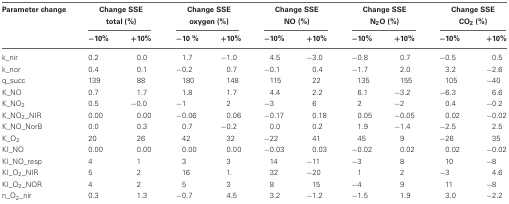
<table><thead><tr><td><b>Parameter change</b></td><td colspan="2"><b>Change SSE total (%)</b></td><td colspan="2"><b>Change SSE oxygen (%)</b></td><td colspan="2"><b>Change SSE NO (%)</b></td><td colspan="2"><b>Change SSE N<sub>2</sub>O (%)</b></td><td colspan="2"><b>Change SSE CO<sub>2</sub> (%)</b></td></tr><tr><td>[EMPTY_CELL]</td><td><b>−10%</b></td><td><b>+10%</b></td><td><b>−10 %</b></td><td><b>+10%</b></td><td><b>−10%</b></td><td><b>+10%</b></td><td><b>−10%</b></td><td><b>+10%</b></td><td><b>−10%</b></td><td><b>+10%</b></td></tr></thead><tbody><tr><td>k_nir</td><td>0.2</td><td>0.0</td><td>1.7</td><td>−1.0</td><td>4.5</td><td>−3.0</td><td>−0.8</td><td>0.7</td><td>−0.5</td><td>0.5</td></tr><tr><td>k_nor</td><td>0.4</td><td>0.1</td><td>−0.2</td><td>0.7</td><td>−0.1</td><td>0.4</td><td>−1.7</td><td>2.0</td><td>3.2</td><td>−2.6</td></tr><tr><td>q_succ</td><td>139</td><td>88</td><td>180</td><td>148</td><td>115</td><td>22</td><td>135</td><td>155</td><td>105</td><td>−40</td></tr><tr><td>K_NO</td><td>0.7</td><td>1.7</td><td>1.8</td><td>1.7</td><td>4.4</td><td>2.2</td><td>6.1</td><td>−3.2</td><td>−6.3</td><td>6.6</td></tr><tr><td>K_NO<sub>2</sub></td><td>0.5</td><td>−0.0</td><td>−1</td><td>2</td><td>−3</td><td>6</td><td>2</td><td>−2</td><td>0.4</td><td>−0.2</td></tr><tr><td>K_NO<sub>2</sub>_NIR</td><td>0.00</td><td>0.00</td><td>−0.06</td><td>0.06</td><td>−0.17</td><td>0.18</td><td>0.05</td><td>−0.05</td><td>0.02</td><td>−0.02</td></tr><tr><td>K_NO_NorB</td><td>0.0</td><td>0.3</td><td>0.7</td><td>−0.2</td><td>0.0</td><td>0.2</td><td>1.9</td><td>−1.4</td><td>−2.5</td><td>2.5</td></tr><tr><td>K_O<sub>2</sub></td><td>20</td><td>26</td><td>42</td><td>32</td><td>−22</td><td>41</td><td>45</td><td>9</td><td>−26</td><td>35</td></tr><tr><td>KI_NO</td><td>0.00</td><td>0.00</td><td>0.00</td><td>0.00</td><td>−0.03</td><td>0.03</td><td>−0.02</td><td>0.02</td><td>0.02</td><td>−0.02</td></tr><tr><td>KI_NO_resp</td><td>4</td><td>1</td><td>3</td><td>3</td><td>14</td><td>−11</td><td>−3</td><td>8</td><td>10</td><td>−8</td></tr><tr><td>KI_O<sub>2</sub>_NIR</td><td>5</td><td>2</td><td>16</td><td>1.</td><td>32</td><td>−20</td><td>1</td><td>2</td><td>−3</td><td>4.6</td></tr><tr><td>KI_O<sub>2</sub>_NOR</td><td>4</td><td>2</td><td>5</td><td>3</td><td>8</td><td>15</td><td>−4</td><td>9</td><td>11</td><td>−8</td></tr><tr><td>n_O<sub>2</sub>_nir</td><td>0.3</td><td>1.3</td><td>−0.7</td><td>4.5</td><td>3.2</td><td>−1.2</td><td>−1.5</td><td>1.9</td><td>3.0</td><td>−2.2</td></tr></tbody></table>